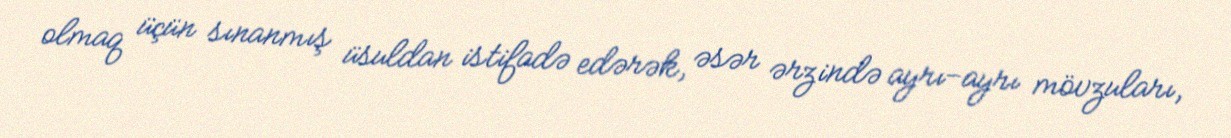
olmaq üçün sınanmış üsuldan istifadə edərək, əsər ərzində ayrı-ayrı mövzuları,